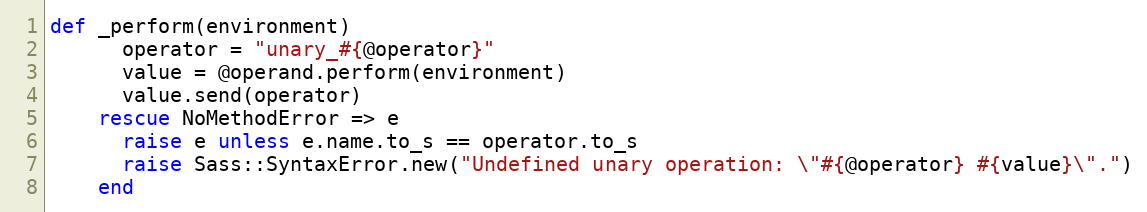
Language: Ruby
def _perform(environment)
      operator = "unary_#{@operator}"
      value = @operand.perform(environment)
      value.send(operator)
    rescue NoMethodError => e
      raise e unless e.name.to_s == operator.to_s
      raise Sass::SyntaxError.new("Undefined unary operation: \"#{@operator} #{value}\".")
    end